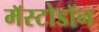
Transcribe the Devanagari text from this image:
मॅस्टोडॉन